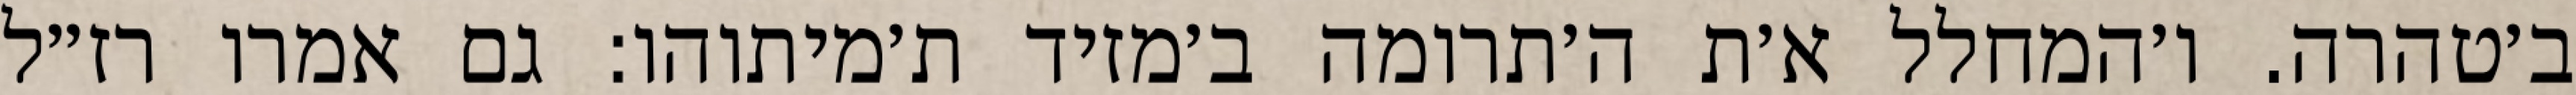
ב׳טהרה. ו׳המחלל א׳ת ה׳תרומה ב׳מזיד ת׳מיתוהו: גם אמרו רז״ל